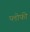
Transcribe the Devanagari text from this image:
प्लोफी